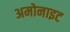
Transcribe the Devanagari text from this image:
अमोनाइट